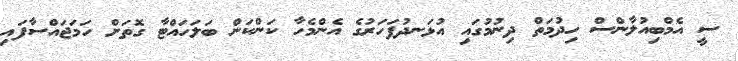
ސީ އެމްބިއުލާންސް ހިދުމަތް ދިނުމުގައި އުޅަނދުފަހަރުގެ އެންމެހާ ކަންކަން ބަލަހައްޓާ ގޮތަށް ހަމަޖައްސާފައި